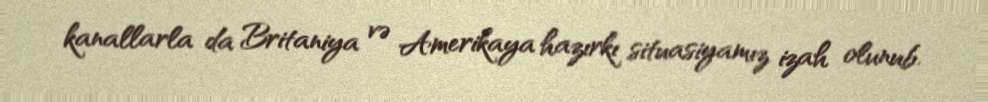
kanallarla da Britaniya və Amerikaya hazırkı situasiyamız izah olunub.